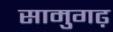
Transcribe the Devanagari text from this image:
सामुगढ़